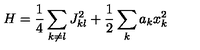
H = { \frac { 1 } { 4 } } \sum _ { k \neq l } J _ { k l } ^ { 2 } + { \frac { 1 } { 2 } } \sum _ { k } a _ { k } x _ { k } ^ { 2 }